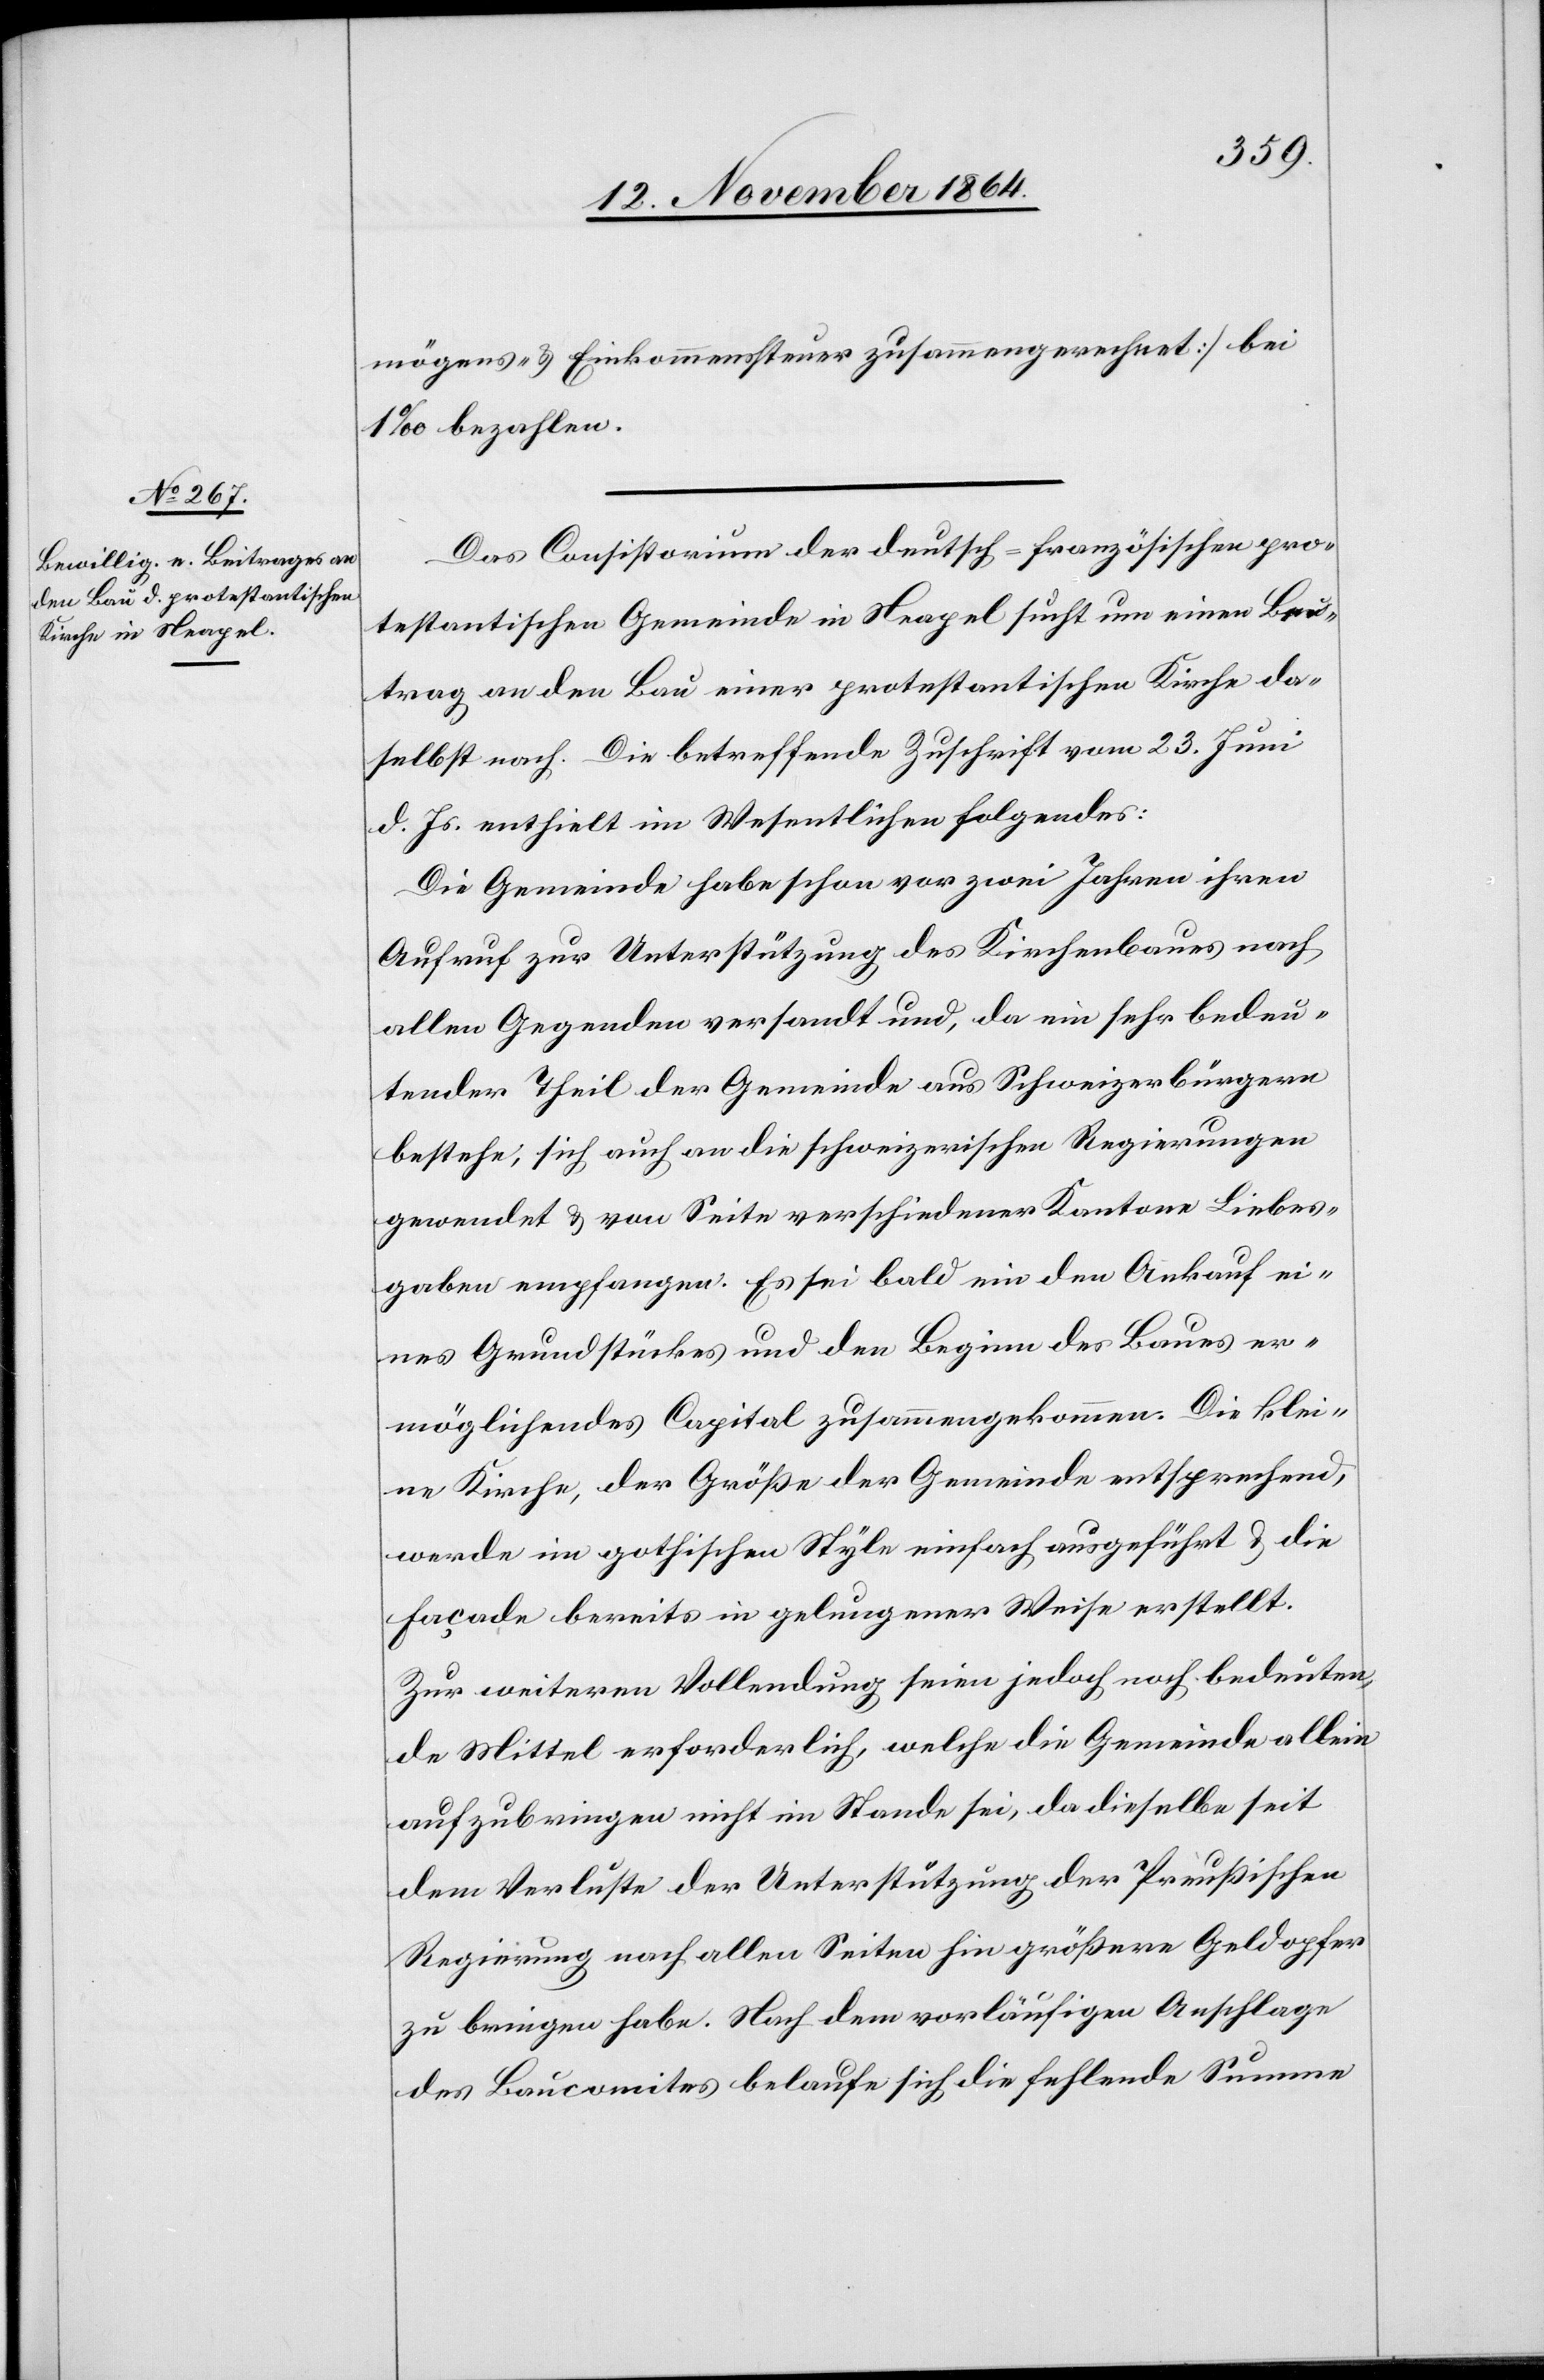
mögens- & Einkommenssteuer zusammengerechnet] bei
1‰ bezahlen.
Das Consistorium der deutsch-französischen pro¬
testantischen Gemeinde in Neapel sucht um einen Bei¬
trag an den Bau einer protestantischen Kirche da¬
selbst nach. Die betreffende Zuschrift vom 23. Juni
d. Js. enthielt im Wesentlichen folgendes:
Die Gemeinde habe schon vor zwei Jahren ihren
Aufruf zur Unterstützung des Kirchenbaues nach
allen Gegenden versandt und, da ein sehr bedeu¬
tender Theil der Gemeinde aus Schweizerbürgern
bestehe, sich auch an die schweizerischen Regierungen
gewendet & von Seite verschiedener Kantone Liebes¬
gaben empfangen. Es sei bald ein den Ankauf ei¬
nes Grundstückes und den Beginn des Baues er¬
möglichendes Capital zusammengekommen. Die klei¬
ne Kirche, der Größe der Gemeinde entsprechend,
werde im gotischen Style [sic!] einfach ausgeführt & die
Facade bereits in gelungener Weise erstellt.
Zur weiteren Vollendung seien jedoch noch bedeuten¬
de Mittel erforderlich, welche die Gemeinde allein
aufzubringen nicht im Stande sei, da dieselbe seit
dem Verluste der Unterstützung der Preußischen
Regierung nach allen Seiten hin größere Geldopfer
zu bringen habe. Nach dem vorläufigen Anschlage
des Baucomites belaufe sich die fehlende Summe